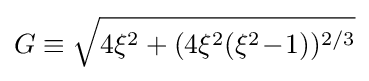
G\equiv {\sqrt {4\xi ^{2}+(4\xi ^{2}(\xi ^{2}\!-\!1))^{2/3}}}